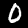
Label: 0